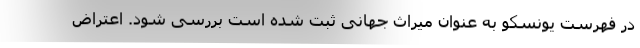
در فهرست یونسکو به عنوان میراث جهانی ثبت شده است بررسی شود. اعتراض